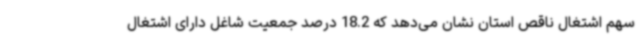
سهم اشتغال ناقص استان نشان می‌دهد که 18.2 درصد جمعیت شاغل دارای اشتغال